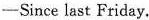
——Since last Friday.